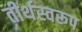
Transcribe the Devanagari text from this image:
तीर्थस्वरूप